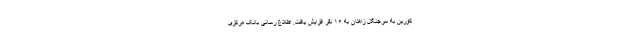
کورین به سرجنگل زاهدان به ۱۶ نفر افزایش یافت. اطلاع رسانی بانک مرکزی